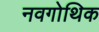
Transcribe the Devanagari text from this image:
नवगोथिक